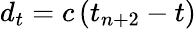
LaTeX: d_{t}=c\left(t_{n+2}-t\right)